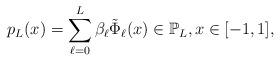
LaTeX: \begin{align*}p_{L}(x)=\sum_{\ell=0}^L\beta_{\ell}\tilde{\Phi}_{\ell}(x)\in \mathbb{P}_L,x\in[-1,1],\end{align*}